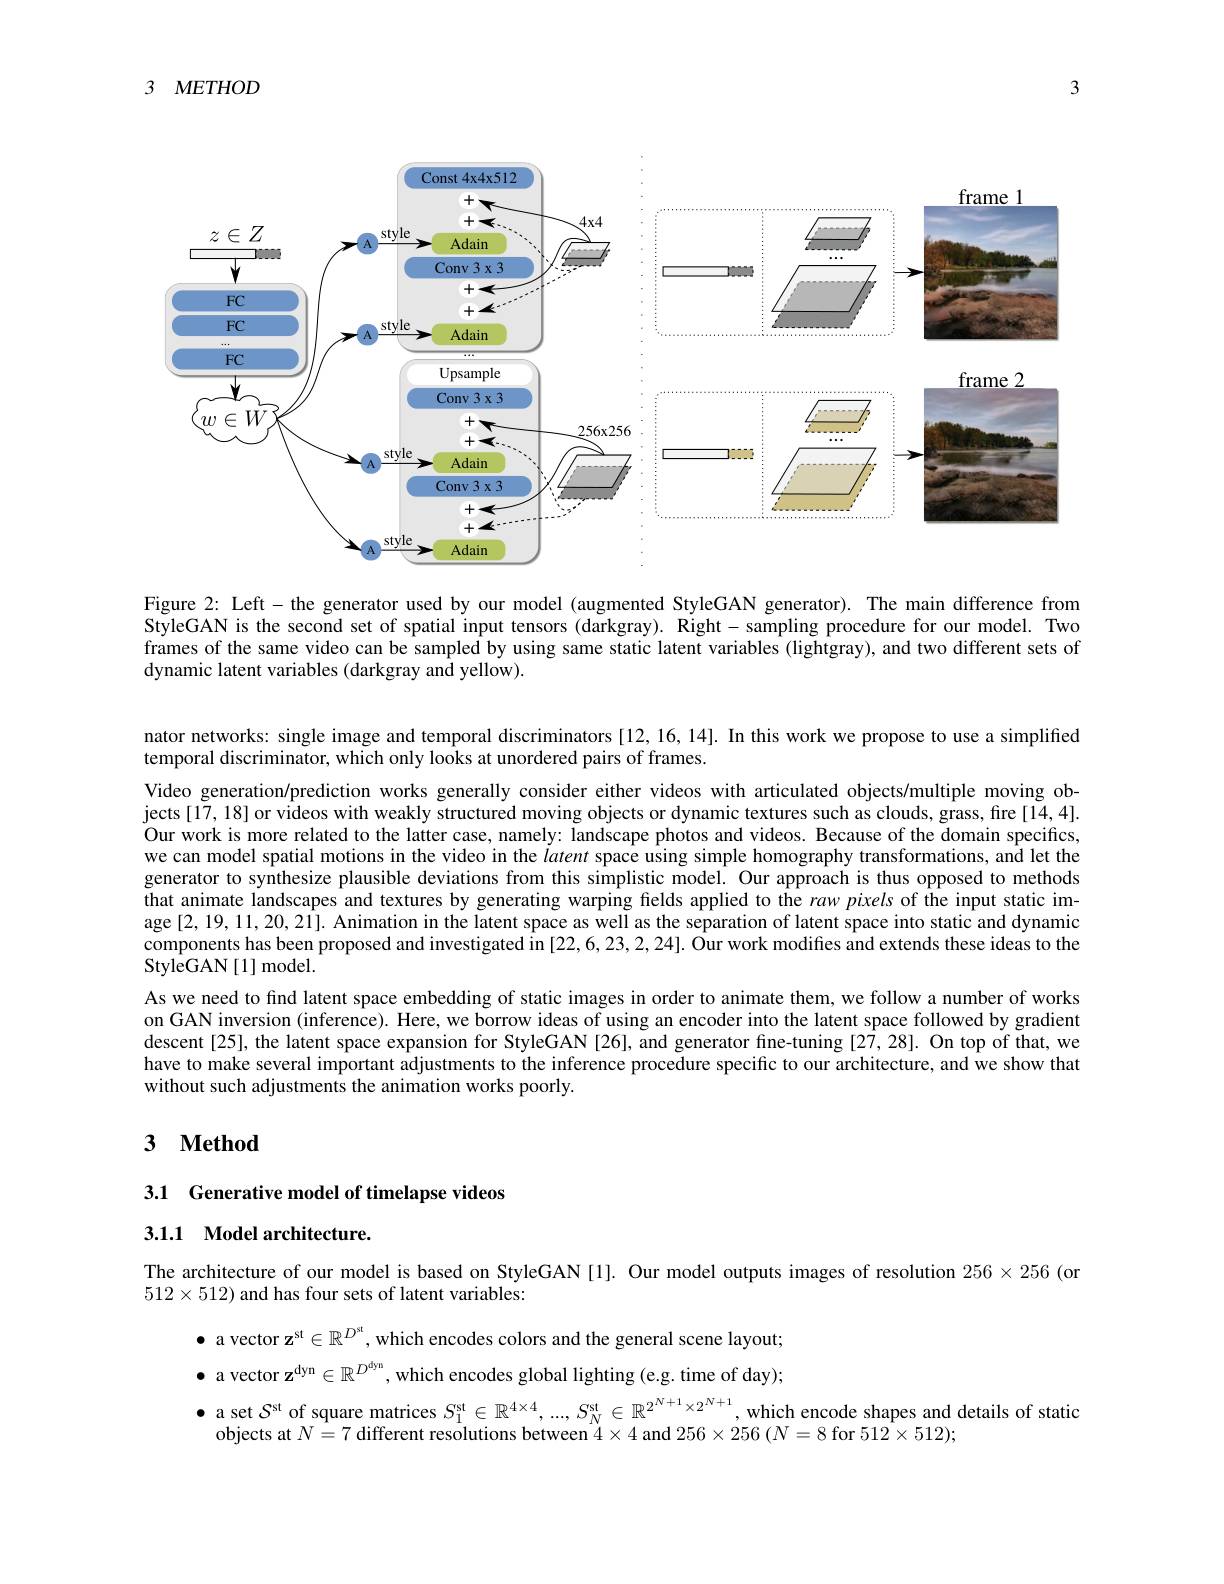
3

3 $METHOD$

<FigureHere>

Figure 2: Left- the generator used by our model (augmented StyleGAN generator). The main difference from StyleGAN is the second set of spatial input tensors (darkgray). Right- sampling procedure for our model. Two frames of the same video can be sampled by using same static latent variables (lightgray), and two different sets of dynamic latent variables (darkgray and yellow).

nator networks: single image and temporal discriminators[12,16,14]. In this work we propose to use a simplified
temporal discriminator, which only looks at unordered pairs of frames.

Video generation/prediction works generally consider either videos with articulated objects/multiple moving objects[17, 18] or videos with weakly structured moving objects or dynamic textures such as clouds, grass, fire[14,4]. Our work is more related to the latter case, namely: landscape photos and videos. Because of the domain specifics, we can model spatial motions in the video in the latent space using simple homography transformations, and let the generator to synthesize plausible deviations from this simplistic model. Our approach is thus opposed to methods that animate landscapes and textures by generating warping fields applied to the raw pixels of the input static image [2,19,11,20,21]. Animation in the latent space as well as the separation of latent space into static and dynamic components has been proposed and investigated in [22,6,23,2,24]. Öur work modifies and extends these ideas to the ${\mathrm{StyleGAN}}\left[1\right]{\mathrm{model}}.$
As we need to find latent space embedding of static images in order to animate them, we follow a number of works on GAN inversion (inference). Here, we borrow ideas of using an encoder into the latent space followed by gradient descent[25], the latent space expansion for StyleGAN [26], and generator fine-tuning [27,28]. On top of that, we have to make several important adjustments to the inference procedure specific to our architecture, and we show that without such adjustments the animation works poorly.

## 3 $\textbf{Method}$

3.1 Generative model of timelapse videos

3.1.1 Model architecture.

The architecture of our model is based on StyleGAN[1]. Our model outputs images of resolution $256\times256$ (or
$512\times512)$ and has four sets of latent variables:

$\bullet$ a vector z$^\mathrm{st}\in\mathbb{R}^D^\mathrm{st}$, which encodes colors and the general scene layout; $\bullet$ a vector z$^\mathrm{dyn}\in\mathbb{R}^D^\mathrm{dyn}$, which encodes global lighting (e.g. time of day);

$\bullet$ a set $S^\mathrm{st}$ of square matrices $S_1^\mathrm{st}\in\mathbb{R}^{4\times4},...,S_N^\mathrm{st}\in\mathbb{R}^{2^{N+1}\times2^{N+1}}$, which encode shapes and details of static
objects at $N=7$ different resolutions between $4\times4$ and $256\times256(N=8$ for $512\times512);$